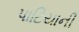
પાટિયાની